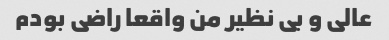
عالی و بی نظیر من واقعا راضی بودم